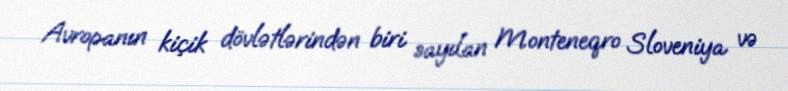
Avropanın kiçik dövlətlərindən biri sayılan Monteneqro Sloveniya və